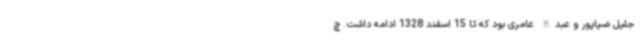
جلیل ضیاپور و عبدالله عامری بود که تا 15 اسفند 1328 ادامه داشت. چ